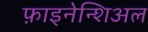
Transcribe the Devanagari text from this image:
फ़ाइनेन्शिअल